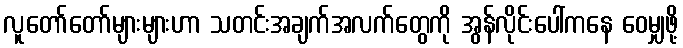
လူတော်တော်များများဟာ သတင်းအချက်အလက်တွေကို အွန်လိုင်းပေါ်ကနေ ဝေမျှဖို့